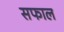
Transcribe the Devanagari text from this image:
सफाल